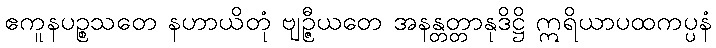
ဧကူနပဉ္စသတေ နဟာယိတုံ ဗျဉ္ဇီယတေ အနန္တတ္တာနုဒိဋ္ဌိ ဣရိယာပထကပ္ပနံ